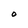
Character: O